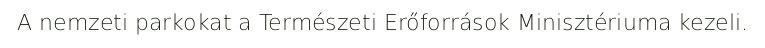
A nemzeti parkokat a Természeti Erőforrások Minisztériuma kezeli.